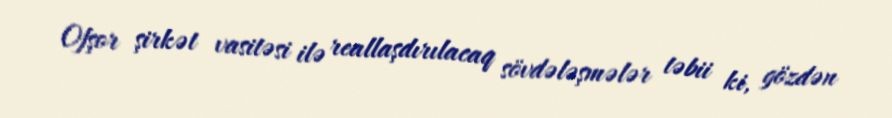
Ofşor şirkət vasitəsi ilə reallaşdırılacaq sövdələşmələr təbii ki, gözdən